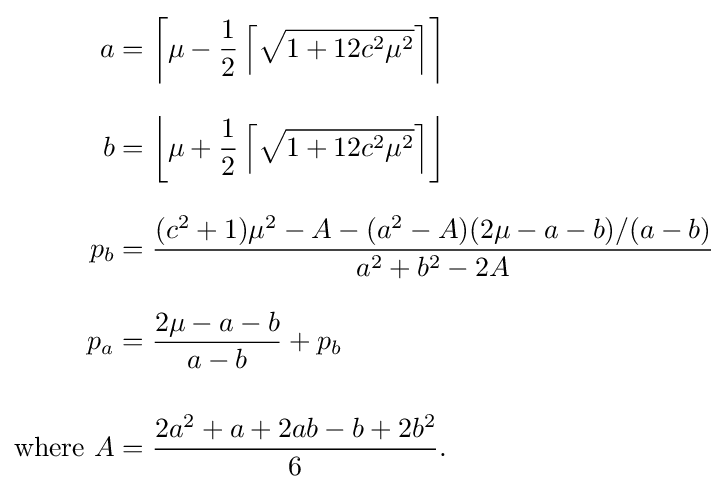
{\begin{aligned}a&=\left\lceil \mu -{\frac {1}{2}}\left\lceil {\sqrt {1+12c^{2}\mu ^{2}}}\right\rceil \right\rceil \\[8pt]b&=\left\lfloor \mu +{\frac {1}{2}}\left\lceil {\sqrt {1+12c^{2}\mu ^{2}}}\right\rceil \right\rfloor \\[8pt]p_{b}&={\frac {(c^{2}+1)\mu ^{2}-A-(a^{2}-A)(2\mu -a-b)/(a-b)}{a^{2}+b^{2}-2A}}\\[8pt]p_{a}&={\frac {2\mu -a-b}{a-b}}+p_{b}\\[12pt]{\text{where }}A&={\frac {2a^{2}+a+2ab-b+2b^{2}}{6}}.\end{aligned}}